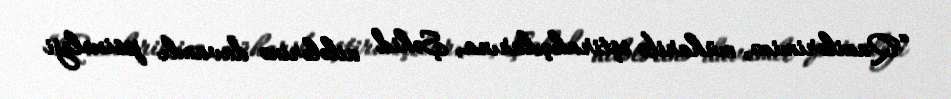
“Qazilərimizə, müharibə iştirakçılarına, Şəhid ailələrinə davamlı psixoloji